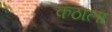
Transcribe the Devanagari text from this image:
कंठाला